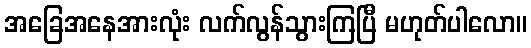
အခြေအနေအားလုံး လက်လွန်သွားကြပြီ မဟုတ်ပါလော။